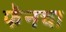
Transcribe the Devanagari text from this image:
फॅनचा